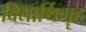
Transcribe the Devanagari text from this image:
विद्यार्थिगॄह